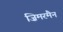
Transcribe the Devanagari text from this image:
ज़िमरमैन